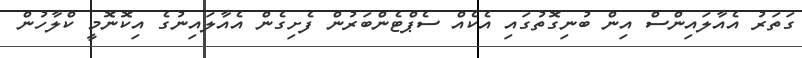
ގަތަރު އެއާލައިންސް އިން ބުނިގޮތުގައި އެކެއް ސެޕްޓެންބަރުން ފެށިގެން އެއާލައިނުގެ އިކޮނޮމީ ކްލާހުން